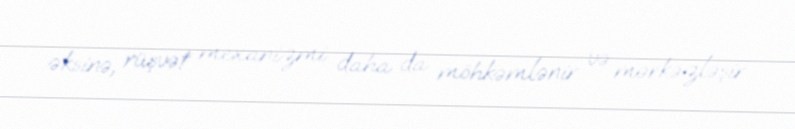
əksinə, rüşvət mexanizmi daha da möhkəmlənir və mərkəzləşir.